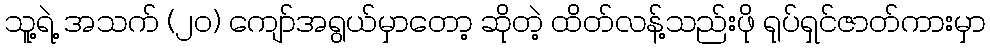
သူ့ရဲ့ အသက် (၂၀) ကျော်အရွယ်မှာတော့ ဆိုတဲ့ ထိတ်လန့်သည်းဖို ရုပ်ရှင်ဇာတ်ကားမှာ